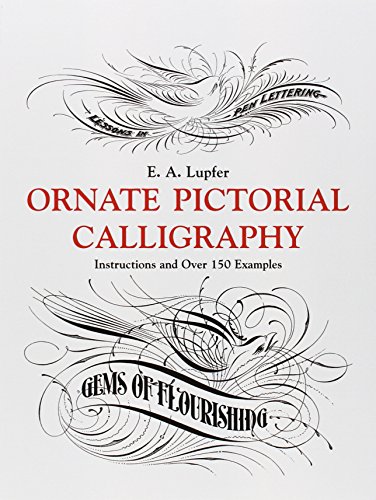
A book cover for Ornate Pictorial Calligraphy: Instructions and Over 150 Examples (Lettering, Calligraphy, Typography); E. A. Lupfer; Arts & Photography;